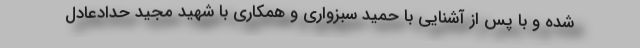
شده و با پس از آشنایی با حمید سبزواری و همکاری با شهید مجید حدادعادل